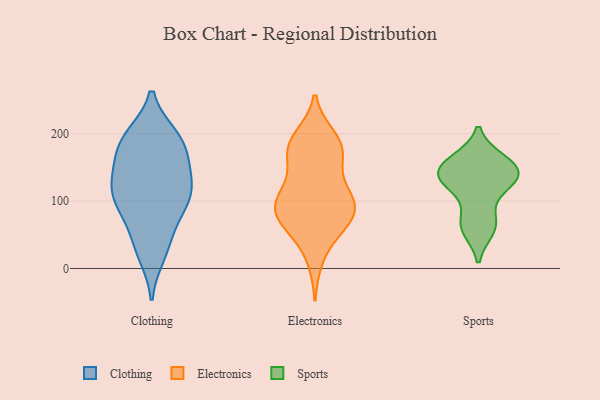
{"axis": {"x": "Revenue (USD Million)", "y": "Value"}, "legend": ["Clothing", "Electronics", "Sports"], "data": [{"x": "", "y": 137, "type": "Clothing"}, {"x": "", "y": 147, "type": "Clothing"}, {"x": "", "y": 105, "type": "Clothing"}, {"x": "", "y": 50, "type": "Clothing"}, {"x": "", "y": 83, "type": "Clothing"}, {"x": "", "y": 195, "type": "Clothing"}, {"x": "", "y": 101, "type": "Clothing"}, {"x": "", "y": 192, "type": "Clothing"}, {"x": "", "y": 21, "type": "Clothing"}, {"x": "", "y": 145, "type": "Clothing"}, {"x": "", "y": 31, "type": "Clothing"}, {"x": "", "y": 99, "type": "Clothing"}, {"x": "", "y": 109, "type": "Clothing"}, {"x": "", "y": 176, "type": "Clothing"}, {"x": "", "y": 186, "type": "Clothing"}, {"x": "", "y": 121, "type": "Clothing"}, {"x": "", "y": 192, "type": "Clothing"}, {"x": "", "y": 89, "type": "Electronics"}, {"x": "", "y": 181, "type": "Electronics"}, {"x": "", "y": 193, "type": "Electronics"}, {"x": "", "y": 115, "type": "Electronics"}, {"x": "", "y": 16, "type": "Electronics"}, {"x": "", "y": 60, "type": "Electronics"}, {"x": "", "y": 100, "type": "Electronics"}, {"x": "", "y": 66, "type": "Electronics"}, {"x": "", "y": 184, "type": "Electronics"}, {"x": "", "y": 106, "type": "Electronics"}, {"x": "", "y": 181, "type": "Electronics"}, {"x": "", "y": 73, "type": "Electronics"}, {"x": "", "y": 105, "type": "Electronics"}, {"x": "", "y": 91, "type": "Electronics"}, {"x": "", "y": 164, "type": "Electronics"}, {"x": "", "y": 75, "type": "Electronics"}, {"x": "", "y": 162, "type": "Electronics"}, {"x": "", "y": 126, "type": "Sports"}, {"x": "", "y": 149, "type": "Sports"}, {"x": "", "y": 136, "type": "Sports"}, {"x": "", "y": 160, "type": "Sports"}, {"x": "", "y": 68, "type": "Sports"}, {"x": "", "y": 127, "type": "Sports"}, {"x": "", "y": 158, "type": "Sports"}, {"x": "", "y": 59, "type": "Sports"}, {"x": "", "y": 147, "type": "Sports"}, {"x": "", "y": 131, "type": "Sports"}, {"x": "", "y": 66, "type": "Sports"}]}